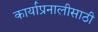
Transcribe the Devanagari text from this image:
कार्याप्रनालीसाठी